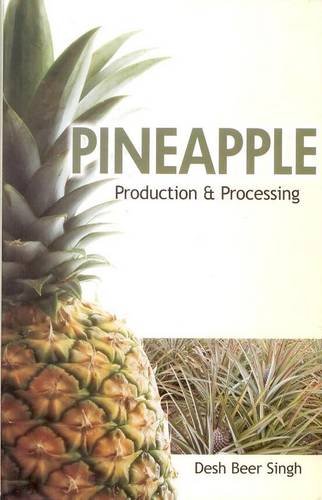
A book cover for Pineapple: Production and Processing; De Singh; Science & Math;